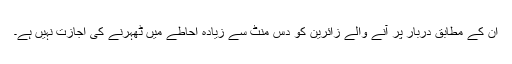
ان کے مطابق دربار پر آنے والے زائرین کو دس منٹ سے زیادہ احاطے میں ٹھہرنے کی اجازت نہیں ہے۔